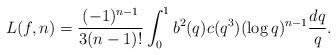
LaTeX: \begin{align*}L(f, n) = \frac{(-1)^{n-1}}{3(n-1)!} \int_{0}^{1} b^{2}(q) c(q^{3}) (\log q)^{n-1} \frac{dq}{q}. \end{align*}